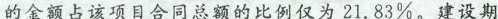
的金额占该项目合同总额的比例仅为21.83\%。建设期